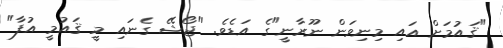
"ޤައުމަށް އައި މިނިވަން ނޫރާނީ"ގެ އަޑެވެ. "ޖޯޝޭ ގެނައި މީ ޤައުމީ އުފާ"